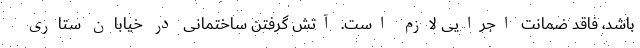
باشد، فاقد ضمانت اجرایی لازم است. آتش گرفتن ساختمانی در خیابان ستاری